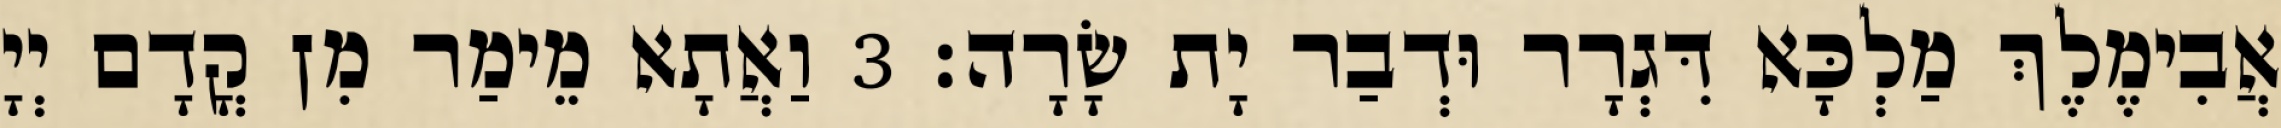
אֲבִימֶלֶךְ מַלְכָּא דִּגְרָר וּדְבַר יָת שָׂרָה׃ 3 וַאֲתָא מֵימַר מִן קֳדָם יְיָ